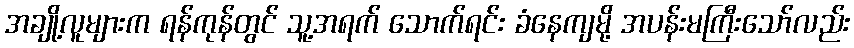
အချို့လူများက ရန်ကုန်တွင် သူ့အရက် သောက်ရင်း ခံနေကျမို့ အပန်းမကြီးသော်လည်း